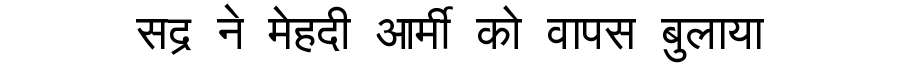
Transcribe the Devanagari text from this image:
सद्र ने मेहदी आर्मी को वापस बुलाया